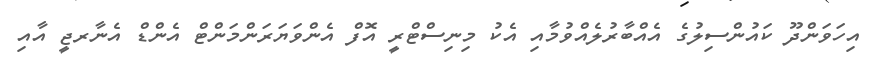
އިހަވަންދޫ ކައުންސިލުގެ އެއްބާރުލެއްވުމާއި އެކު މިނިސްޓްރީ އޮފް އެންވަޔަރަންމަންޓް އެންޑް އެނާރޖީ އާއި